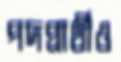
পদপ্রার্থীও